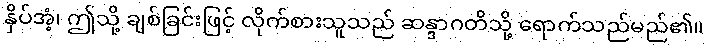
နှိပ်အံ့၊ ဤသို့ ချစ်ခြင်းဖြင့် လိုက်စားသူသည် ဆန္ဒာဂတိသို့ ရောက်သည်မည်၏။